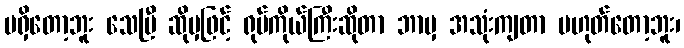
မရှိတော့ဘူး သေပြီ ဆိုမှဖြင့် ရုပ်ကိုယ်ကြီးဆိုတာ ဘာမှ အသုံးကျတာ မဟုတ်တော့ဘူး၊